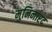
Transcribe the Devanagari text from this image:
मुनिनारद